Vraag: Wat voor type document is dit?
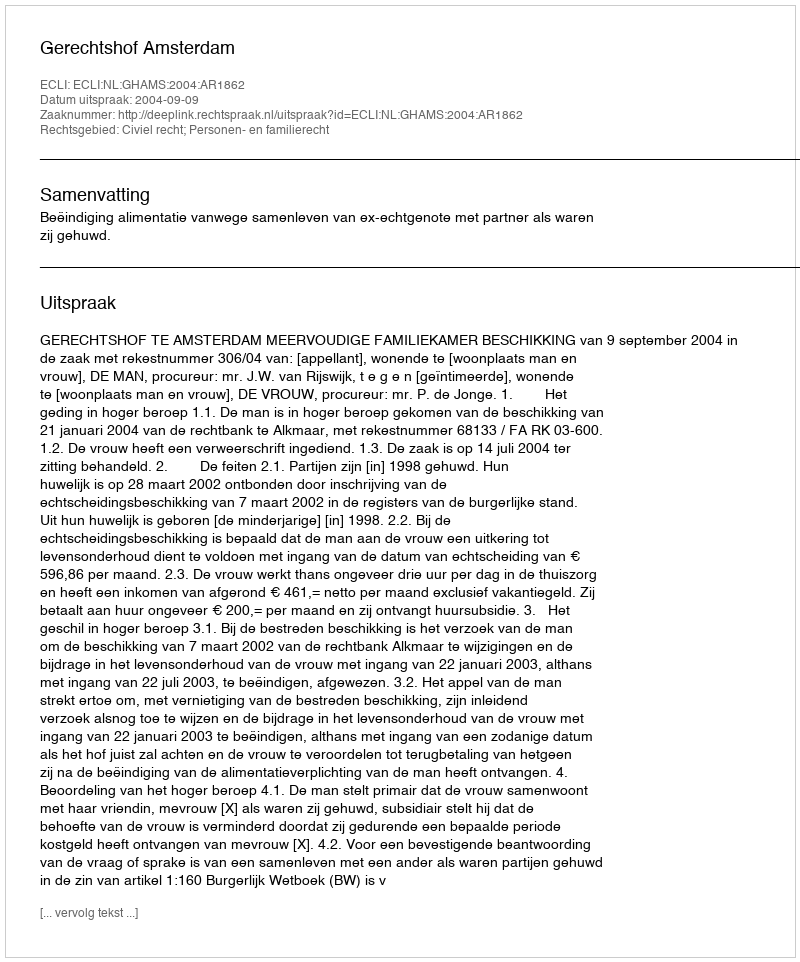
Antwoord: Uitspraak